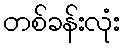
တစ်ခန်းလုံး